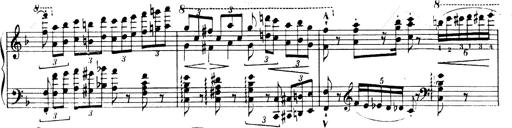
Title: Andante Finale und Marsch aus der Oper KÃ¶nig Alfred
Composer: Franz Liszt